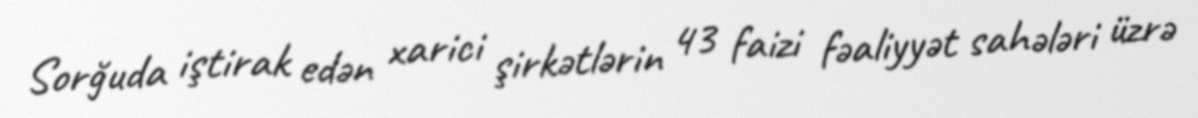
Sorğuda iştirak edən xarici şirkətlərin 43 faizi fəaliyyət sahələri üzrə